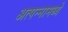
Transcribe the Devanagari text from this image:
अत्‍पन्‍नामध्‍ये